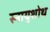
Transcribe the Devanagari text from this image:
स्नायुशोथ